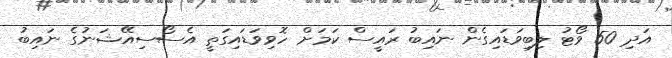
އަދި 50 ވޯޓު ލިބިވަޑައިގެން ނައިބު ރައީސް ކަމަށް ހޮވިވަޑައިގަތީ އެސޯސިއޭޝަނުގެ ނައިބު